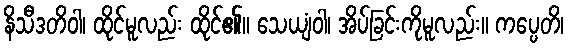
နိသီဒတိဝါ၊ ထိုင်မူလည်း ထိုင်၏။ သေယျံဝါ၊ အိပ်ခြင်းကိုမူလည်း။ ကပ္ပေတိ၊